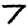
Digit: 7